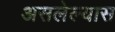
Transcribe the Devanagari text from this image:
असलेल्यास